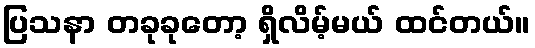
ပြသနာ တခုခုတော့ ရှိလိမ့်မယ် ထင်တယ်။